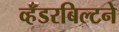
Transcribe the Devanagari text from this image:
व्हँडरबिल्टने